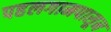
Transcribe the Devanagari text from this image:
पहलगामपासून